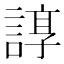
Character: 𧩽